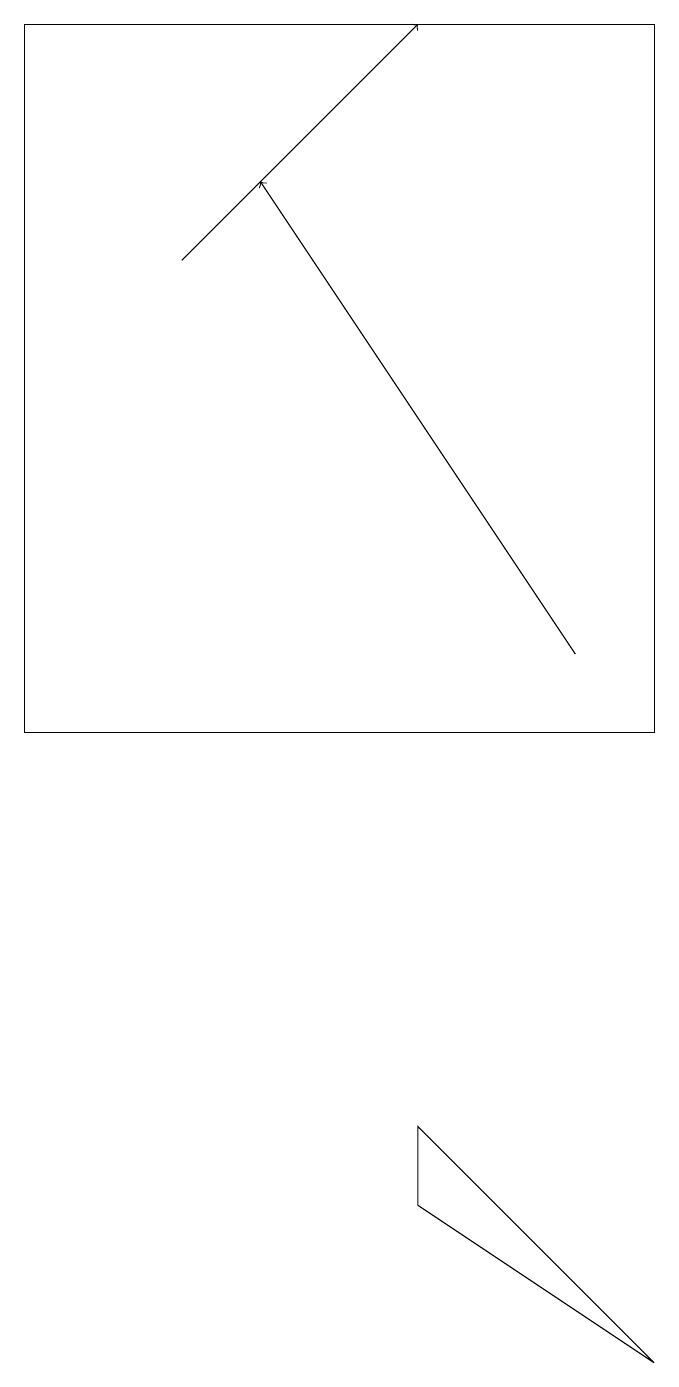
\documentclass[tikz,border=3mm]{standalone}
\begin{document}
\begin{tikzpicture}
\draw[->] (7,11) -- (3,17);
\draw (5,5) -- (5,4) -- (8,2) -- cycle;
\draw (0,19) rectangle (8,10);
\draw[->] (2,16) -- (5,19);
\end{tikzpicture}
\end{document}